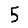
Digit: 5